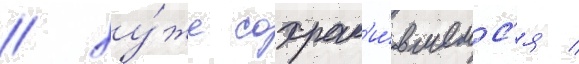
/ ху́же сохран'и́вшемс'я /